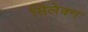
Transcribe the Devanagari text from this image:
सिलेक्न